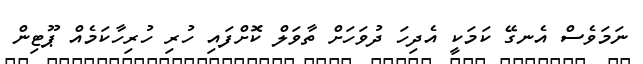
ނަމަވެސް އެނގޭ ކަމަކީ އެދިހަ ދުވަހަށް ތާވަލް ކޮށްފައި ހުރި ހުރިހާކަމެއް ޕޫޓިން